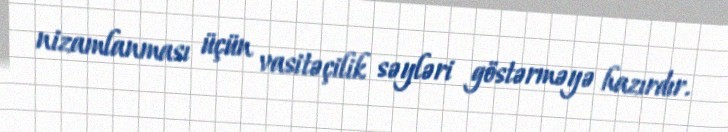
nizamlanması üçün vasitəçilik səyləri göstərməyə hazırdır.